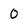
Character: 0